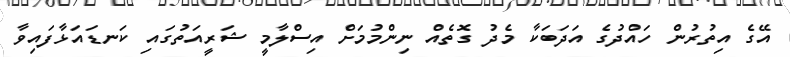
އޭގެ އިތުރުން ހައްދުގެ އަދަބަކާ މެދު ގޮތެއް ނިންމުމަށް އިސްލާމީ ޝަރީއަތުގައި ކަނޑައަޅާފައިވާ